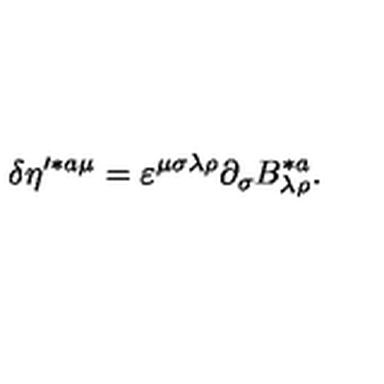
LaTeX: \delta \eta ^ { \prime * a \mu } = \varepsilon ^ { \mu \sigma \lambda \rho } \partial _ { \sigma } B _ { \lambda \rho } ^ { * a } .